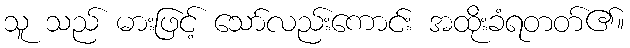
သူ သည် မားဖြင့် သော်လည်းကောင်း အထိုးခံရတတ်၏။